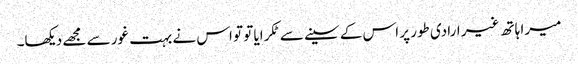
میرا ہاتھ غیر ارادی طور پر اس کے سینے سے ٹکرایا تو تو اس نے بہت غور سے مجھے دیکھا۔